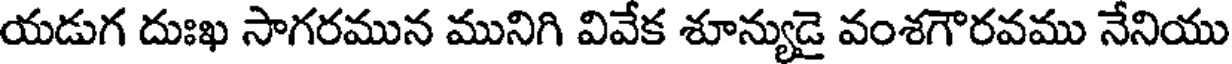
యడుగ దుఃఖ సాగరమున మునిగి వివేక శూన్యుడై వంశగౌరవము నేనియు